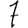
Digit: 7